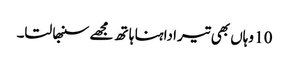
10 وہاں بھی تیرا داہنا ہا تھ مجھے سنبھا لتا۔